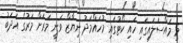
މި މައްސަލައިގައި ހައި ކޯޓުގައި މުހައްމަދު ނިޔާޒް ވަނީ މަރަށް މަރުގެ އަދަބު